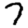
Digit: 7